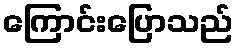
ကြောင်းပြောသည်